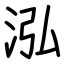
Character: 泓